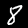
Digit: 8